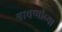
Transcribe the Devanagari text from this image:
श्रावणीच्या